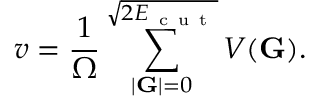
v = \frac { 1 } { \Omega } \sum _ { | \mathbf { G } | = 0 } ^ { \sqrt { 2 E _ { \mathrm { ~ c ~ u ~ t ~ } } } } V ( \mathbf { G } ) .